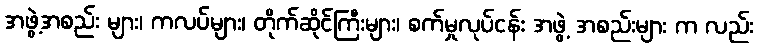
အဖွဲ့အစည်း များ၊ ကလပ်များ၊ တိုက်ဆိုင်ကြီးများ၊ စက်မှုလုပ်ငန်း အဖွဲ့ အစည်းများ က လည်း